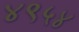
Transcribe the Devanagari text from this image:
४९५४